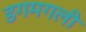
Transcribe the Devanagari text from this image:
डगमगली